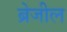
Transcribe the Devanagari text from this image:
ब्रेजील